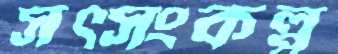
সত্সংকল্প